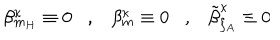
\beta _ { m _ { H } } ^ { \kappa } \equiv 0 , \beta _ { m } ^ { \kappa } \equiv 0 , \tilde { \beta } _ { \xi _ { A } } ^ { \kappa } \equiv 0